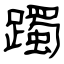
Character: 躅